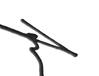
Signature authenticity: genuine